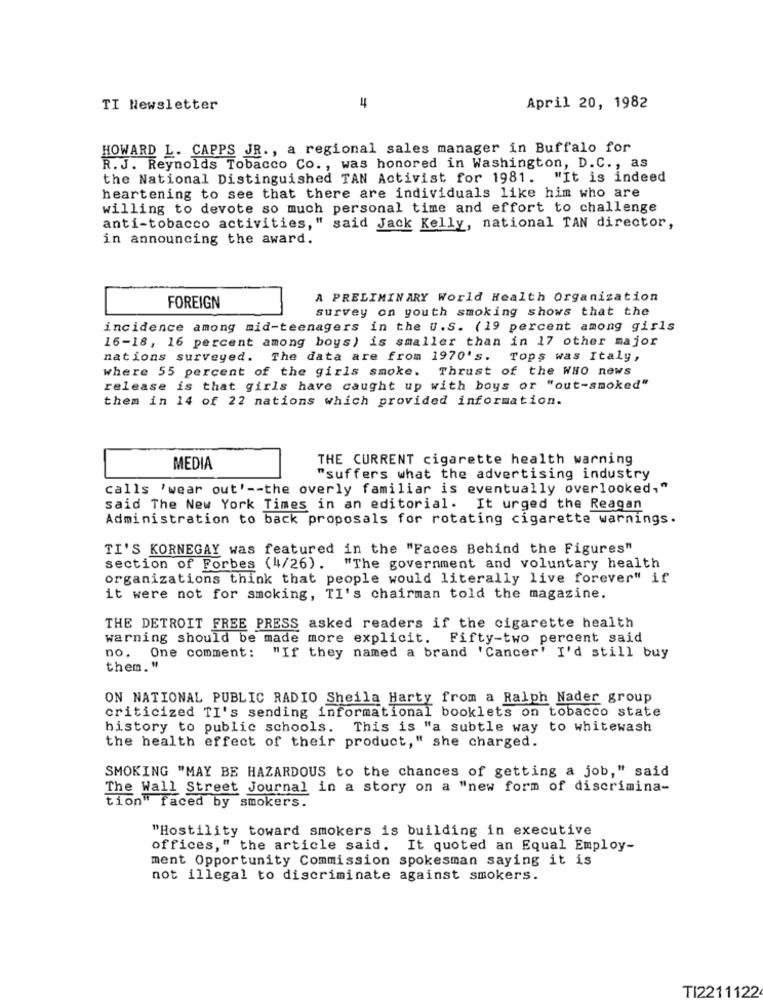
TI Newsletter
4
April 20, 1982
HOWARD L. CAPPS JR ., a regional sales manager in Buffalo for
R. J. Reynolds Tobacco Co ., was honored in Washington, D.C ., as
the National Distinguished TAN Activist for 1981. "It is indeed
heartening to see that there are individuals like him who are
willing to devote so much personal time and effort to challenge
anti-tobacco activities," said Jack Kelly, national TAN director,
in announcing the award.
A PRELIMINARY World Health Organization
FOREIGN
survey on youth smoking shows that the
incidence among mid-teenagers in the U.S. (19 percent among girls
16-18, 16 percent among boys) is smaller than in 17 other major
nations surveyed. The data are from 1970's. Tops was Italy,
where 55 percent of the girls smoke. Thrust of the WHO news
release is that girls have caught up with boys or "out-smoked"
them in 14 of 22 nations which provided information.
THE CURRENT cigarette health warning
MEDIA
"suffers what the advertising industry
calls 'wear out' -- the overly familiar is eventually overlooked,"
said The New York Times in an editorial. It urged the Reagan
Administration to back proposals for rotating cigarette warnings.
TI'S KORNEGAY was featured in the "Faces Behind the Figures"
section of Forbes (4/26). "The government and voluntary health
organizations think that people would literally live forever" if
it were not for smoking, TI's chairman told the magazine.
THE DETROIT FREE PRESS asked readers if the cigarette health
warning should be made more explicit. Fifty-two percent said
no. One comment: "If they named a brand 'Cancer' I'd still buy
them."
ON NATIONAL PUBLIC RADIO Sheila Harty from a Ralph Nader group
criticized TI's sending informational booklets on tobacco state
history to public schools. This is "a subtle way to whitewash
the health effect of their product," she charged.
SMOKING "MAY BE HAZARDOUS to the chances of getting a job," said
The Wall Street Journal in a story on a "new form of discrimina-
tion" faced by smokers.
"Hostility toward smokers is building in executive
offices," the article said. It quoted an Equal Employ-
ment Opportunity Commission spokesman saying it is
not illegal to discriminate against smokers.
TI2211122